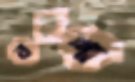
বরশা